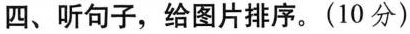
四、听句子，给图片排序。(10分)